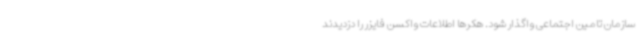
سازمان تامین اجتماعی واگذار شود. هکرها اطلاعات واکسن فایزر را دزدیدند